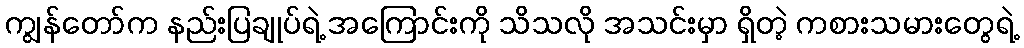
ကျွန်တော်က နည်းပြချုပ်ရဲ့ အကြောင်းကို သိသလို အသင်းမှာ ရှိတဲ့ ကစားသမားတွေရဲ့